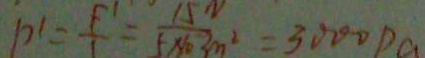
p ^ { \prime } = \frac { F ^ { \prime } } { 1 } = \frac { 1 5 N } { 5 \times 1 0 ^ { - 3 } m ^ { 2 } } = 3 0 0 0 P a